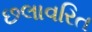
છલાવરિત